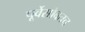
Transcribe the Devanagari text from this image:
पूर्वेसोबतच